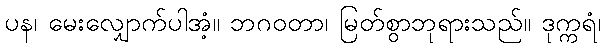
ပန၊ မေးလျှောက်ပါအံ့။ ဘဂဝတာ၊ မြတ်စွာဘုရားသည်။ ဒုက္ကရံ၊